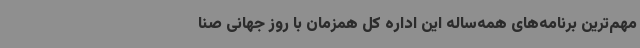
مهم‌ترین برنامه‌های همه‌ساله این اداره کل همزمان با روز جهانی صنا